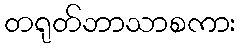
တရုတ်ဘာသာစကား